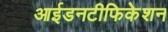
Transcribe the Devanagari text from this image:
आईडनटीफिकेशन